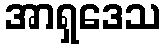
အာရှဒေသ